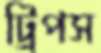
ট্রিপস